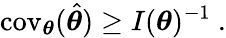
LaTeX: \operatorname{cov}_{\boldsymbol{\theta}}(\hat{\boldsymbol{\theta}})\geq I(\boldsymbol{\theta})^{-1}~.